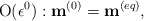
\begin{align*}{\rm O}(\epsilon ^0):{{{\bf{ m}}}}^{(0)}={{{\bf{ m}}}}^{(eq)}, \end{align*}